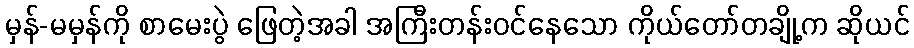
မှန်-မမှန်ကို စာမေးပွဲ ဖြေတဲ့အခါ အကြီးတန်းဝင်နေသော ကိုယ်တော်တချို့က ဆိုယင်